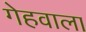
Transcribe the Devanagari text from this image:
गेहवाला